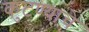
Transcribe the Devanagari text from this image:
कुटण्याचे